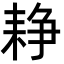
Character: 𦓺